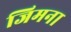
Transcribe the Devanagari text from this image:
जिमना